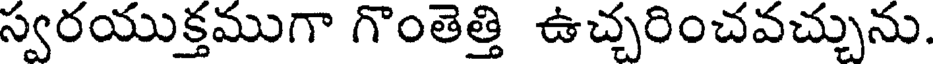
స్వరయుక్తముగా గొంతెత్తి ఉచ్చరించవచ్చును.